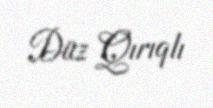
Düz Qırıqlı